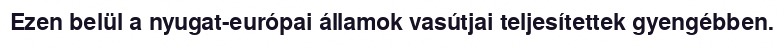
Ezen belül a nyugat-európai államok vasútjai teljesítettek gyengébben.